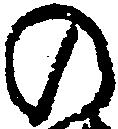
の